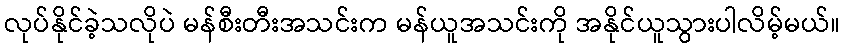
လုပ်နိုင်ခဲ့သလိုပဲ မန်စီးတီးအသင်းက မန်ယူအသင်းကို အနိုင်ယူသွားပါလိမ့်မယ်။